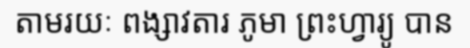
តាមរយៈ ពង្សាវតារ ភូមា ព្រះហ្វារ្យូ បាន